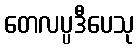
တေလပ္ပဒီပေသု